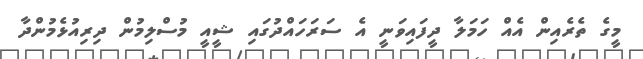
މީގެ ތެރެއިން އެއް ހަމަލާ ދީފައިވަނީ އެ ސަރަހައްދުގައި ޝީއީ މުސްލިމުން ދިރިއުޅެމުންދާ